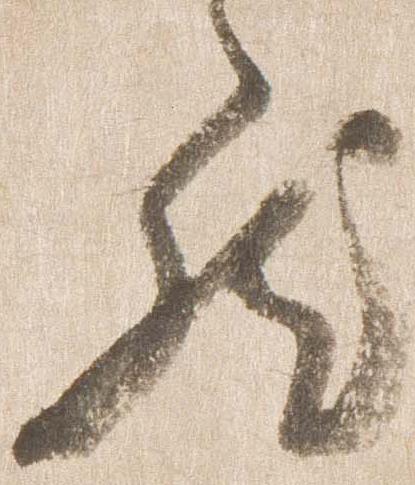
然